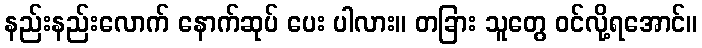
နည်းနည်းလောက် နောက်ဆုပ် ပေး ပါလား။ တခြား သူတွေ ဝင်လို့ရအောင်။